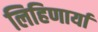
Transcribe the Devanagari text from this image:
लिहिणार्या